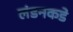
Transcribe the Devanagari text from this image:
लंडनकडे